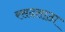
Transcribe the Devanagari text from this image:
रसदसाठा